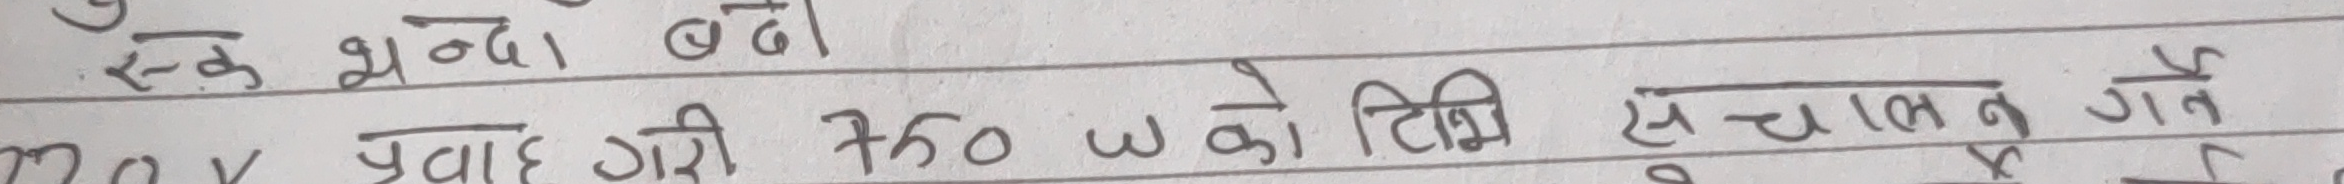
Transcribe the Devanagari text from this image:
स्क भन्दा बनो
Mv प्रवाह गरि 750 w को टिवि से चालन गत गर्छ